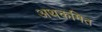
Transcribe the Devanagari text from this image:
अथकमित